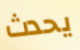
يحدث